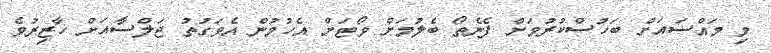
މި މައްސައަށް ބަހުސްކުރުމަށް ފެނެތޯ ބެލުމަށް ވޯޓަށް އެހުމުން އެވަގުތު ޖަލްސާއަށް ހާޒިރުވެ